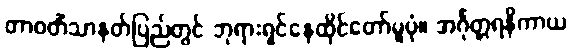
တာဝတိံသာနတ်ပြည်တွင် ဘုရားရှင်နေထိုင်တော်မူပုံ။ အင်္ဂုတ္တရနိကာယ